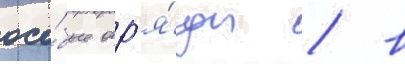
осо́бые отр'я́ды / в